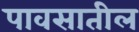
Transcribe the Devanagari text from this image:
पावसातील